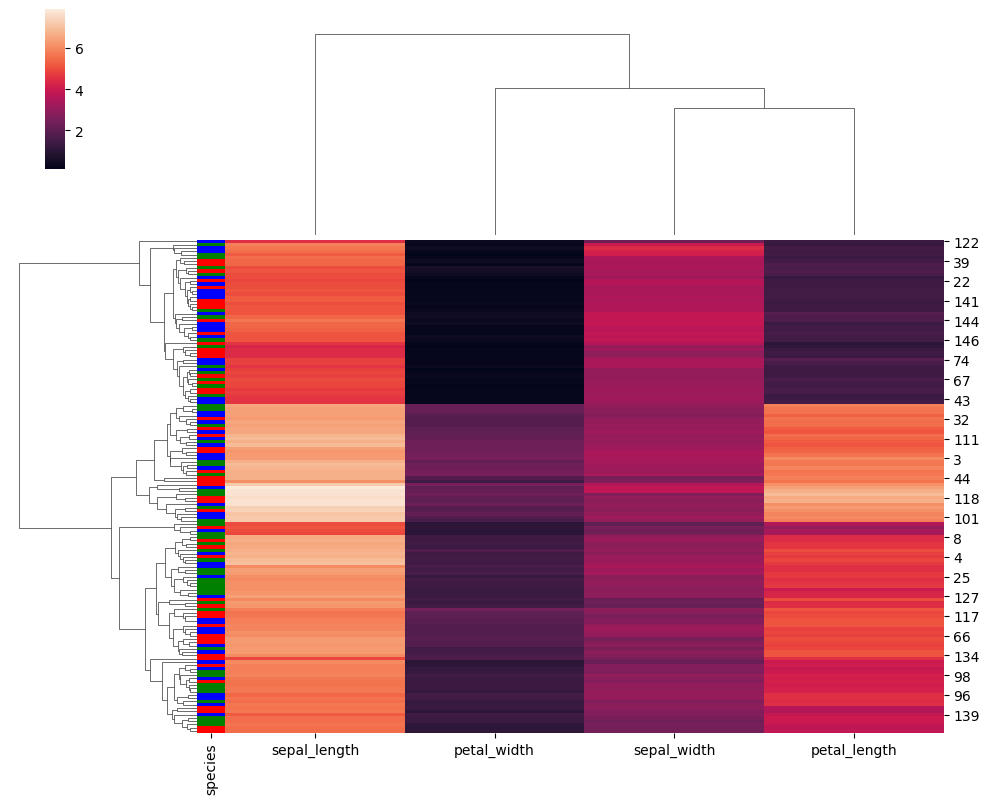
python, seaborn, clustermap, figsize=(10, 8), row_cluster=True, dendrogram_ratio=(0.2, 0.3), cbar_pos=(0.05, 0.8, 0.02, 0.2)